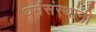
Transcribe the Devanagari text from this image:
धर्मसंस्थांनी